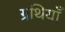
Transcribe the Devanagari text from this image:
ग्रथियाँ